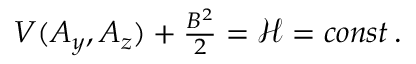
\begin{array} { r } { V ( A _ { y } , A _ { z } ) + \frac { B ^ { 2 } } { 2 } = { \mathcal { H } } = c o n s t \, . } \end{array}